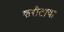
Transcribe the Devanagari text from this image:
करीताचा